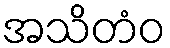
အသိတံဝ